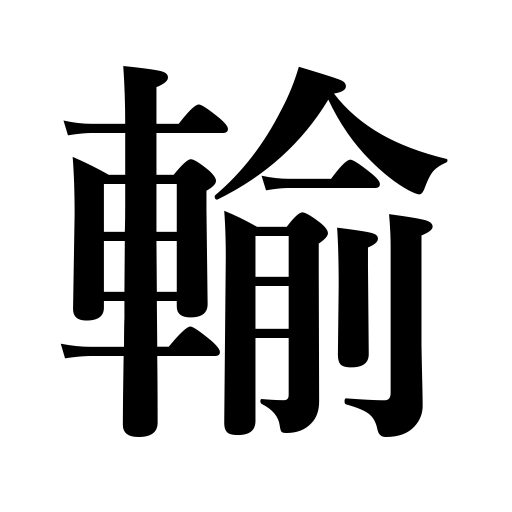
Meanings: send,transport